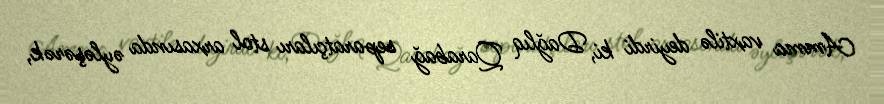
Amma vaxtilə deyirdi ki, Dağlıq Qarabağ separatçıları stol arxasında əyləşərək,